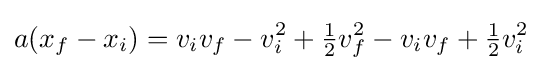
a(x_{f}-x_{i})=v_{i}v_{f}-v_{i}^{2}+{\tfrac {1}{2}}v_{f}^{2}-v_{i}v_{f}+{\tfrac {1}{2}}v_{i}^{2}